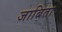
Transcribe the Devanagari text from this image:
जाबिता